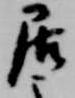
居